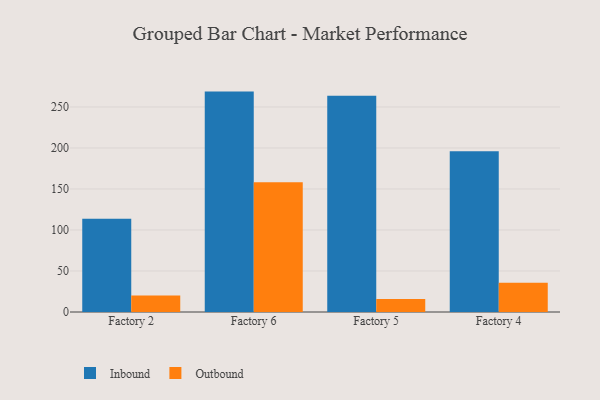
{"axis": {"x": "Factory", "y": "Shipments"}, "legend": ["Inbound", "Outbound"], "data": [{"x": "Factory 2", "y": 113.7, "type": "Inbound"}, {"x": "Factory 2", "y": 20.2, "type": "Outbound"}, {"x": "Factory 6", "y": 268.8, "type": "Inbound"}, {"x": "Factory 6", "y": 158.3, "type": "Outbound"}, {"x": "Factory 5", "y": 263.6, "type": "Inbound"}, {"x": "Factory 5", "y": 15.8, "type": "Outbound"}, {"x": "Factory 4", "y": 196.0, "type": "Inbound"}, {"x": "Factory 4", "y": 35.8, "type": "Outbound"}]}